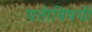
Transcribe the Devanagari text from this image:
यतीविषयी